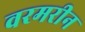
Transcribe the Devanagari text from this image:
वरमरीन